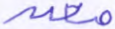
معه